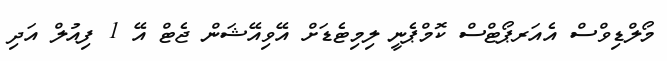
މޯލްޑިވްސް އެއަރޕޯޓްސް ކޮމްޕެނީ ލިމިޓެޑަށް އޭވިއޭޝަން ޖެޓް އޭ 1 ފިއުލް އަދި